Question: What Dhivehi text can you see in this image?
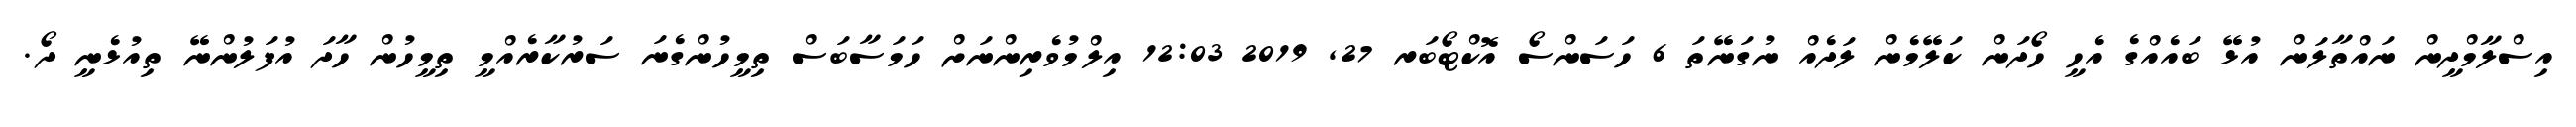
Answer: އިސްލާމްދީން ނައްތާލަން އުޅޭ ބައެއްގެ އެހީ ހޯދަން ކަލޭމެން ލަދެއް ނުގަނޭތަ 6 ހަސަންސޯ އޮކްޓޯބަރ 27, 2019 12:03 އިލްމުވެރިންނަށް ހަމަސާބަސް ތިމީހުންގެނަ ސަރުކާރެއްމީ ތިމީހުން ހާދަ އުފަލުންނޭ ތިއުޅެނީ ދޯ.